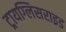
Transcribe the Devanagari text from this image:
ट्रायग्लिसराइड